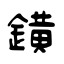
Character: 鐄